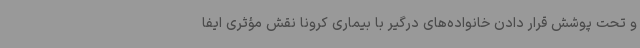
و تحت پوشش قرار دادن خانواده‌های درگیر با بیماری کرونا نقش مؤثری ایفا